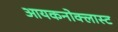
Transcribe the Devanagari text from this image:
आयकनोक्लास्ट